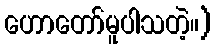
ဟောတော်မူပါသတဲ့။)